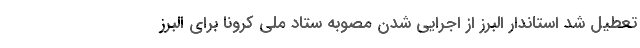
تعطیل شد استاندار البرز از اجرایی شدن مصوبه ستاد ملی کرونا برای البرز